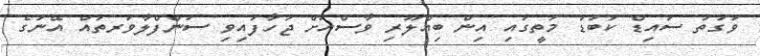
ވަގުތު ސައިޑް ކަބަޑު މަތީގައި އިން ބިއްލޫރި ވާސްއަށް ޖަހާފައިވި ސަންފްލާވަރތައް އޭނަގެ